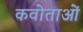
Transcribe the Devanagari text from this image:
कवोताओं